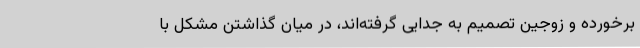
برخورده و زوجین تصمیم به جدایی گرفته‌اند، در میان گذاشتن مشکل با